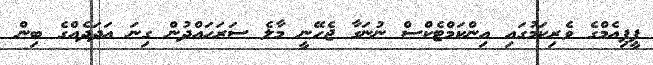
ޕީޕިއެމްގެ ވެރިކަމުގައި އިންކަމްޓެކްސް ނުނަގާ ޖެހޭނީ މާލެ ސަަރަހައްދުން ގިނަ އަދަދެއްގެ ބިން